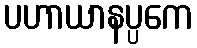
ပဟာယာနပ္ပကေ